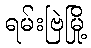
ရမ်းဗြဲမြို့